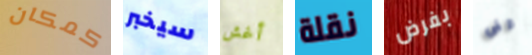
كمكان سيخبر أغش نقلة بفرض قفى